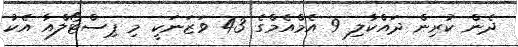
ދެން ކުރިން ދައްކާލި 9 އެމްއެމްގެ 43 ވަޒަނަކީ މި ޕިސްޓޯލްއާ އެކު